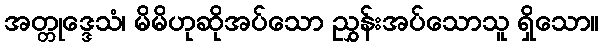
အတ္တုဒ္ဒေသံ၊ မိမိဟုဆိုအပ်သော ညွှန်းအပ်သောသူ ရှိသော။